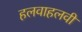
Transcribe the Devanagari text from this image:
हलवाहलवी